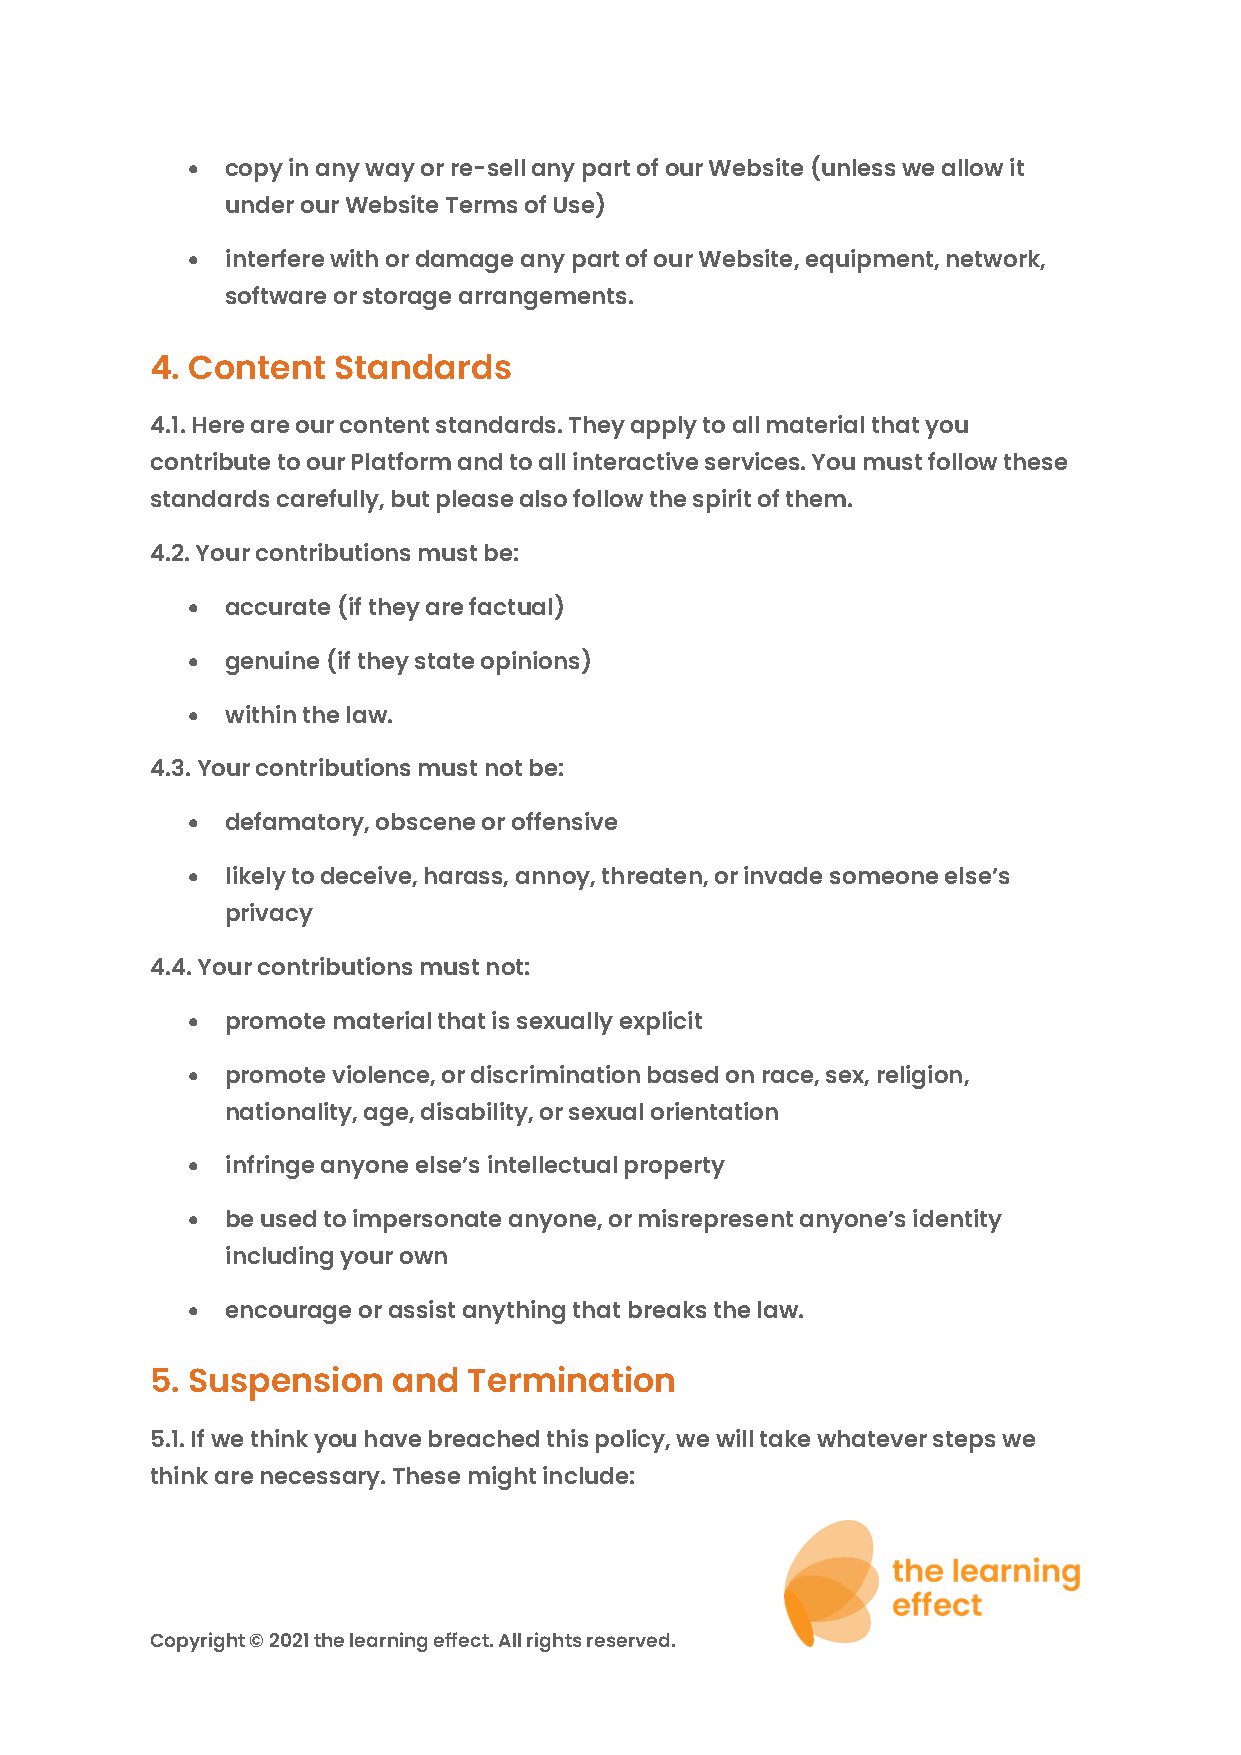
•  copy in any way or re-sell any part of our Website (unless we allow it
 under our Website Terms of Use)
 •  interfere with or damage any part of our Website, equipment, network,
 software or storage arrangements.
 4. Content  Standards
 4.1. Here are our content standards. They apply to all material that you
 contribute to our Platform and to all interactive services. You must follow these
 standards carefully, but please also follow the spirit of them.
 4.2. Your contributions must be:
 •  accurate (if they are factual)
 •  genuine (if they state opinions)
 •  within the law.
 4.3. Your contributions must not be:
 •  defamatory, obscene or offensive
 •  likely to deceive, harass, annoy, threaten, or invade someone else’s
 privacy
 4.4. Your contributions must not:
 •  promote material that is sexually explicit
 •  promote violence, or discrimination based on race, sex, religion,
 nationality, age, disability, or sexual orientation
 •  infringe anyone else’s intellectual property
 •  be used to impersonate anyone, or misrepresent anyone’s identity
 including your own
 •  encourage or assist anything that breaks the law.
 5. Suspension   and  Termination
 5.1. If we think you have breached this policy, we will take whatever steps we
 think are necessary. These might include:
 Copyright © 2021 the learning effect. All rights reserved.